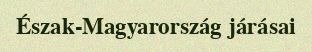
Észak-Magyarország járásai